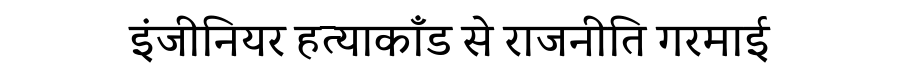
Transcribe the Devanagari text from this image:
इंजीनियर हत्याकाँड से राजनीति गरमाई